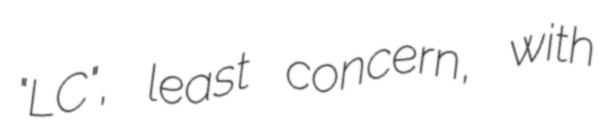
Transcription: "LC", least concern, with